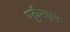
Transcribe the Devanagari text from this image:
पट्टीमधून